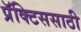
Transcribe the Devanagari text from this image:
प्रॅक्टिससाठी